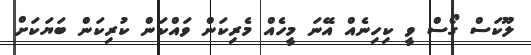
ލޫކަސް ގޯސް ވީ ކިހިނެއް އޭނަ މީހެއް މެރިކަން ވައްކަން ކުރިކަން ބަޔަކަށް